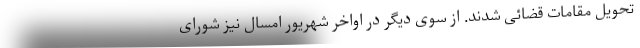
تحویل مقامات قضائی شدند. از سوی دیگر در اواخر شهریور امسال نیز شورای